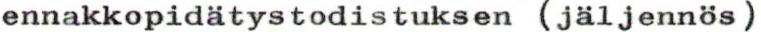
ennakkopidätystodistuksen (jäljennös)